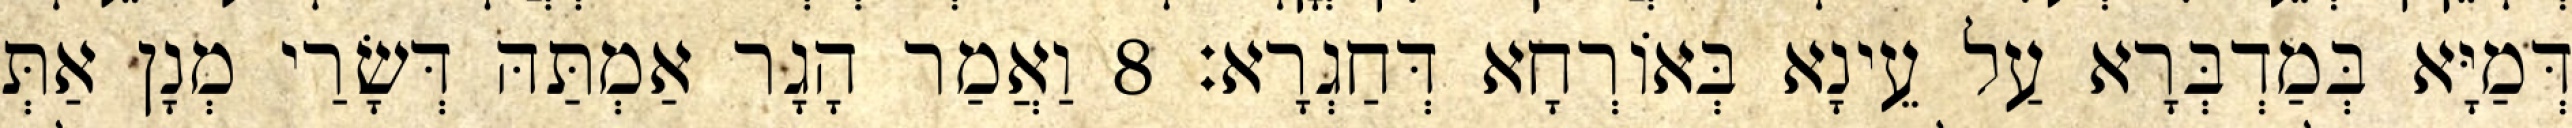
דְּמַיָּא בְּמַדְבְּרָא עַל עֵינָא בְּאוֹרְחָא דְּחַגְרָא׃ 8 וַאֲמַר הָגָר אַמְתַּהּ דְּשָׂרַי מְנָן אַתְּ